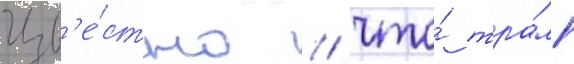
Изв'е́стно / что́ тра́мп